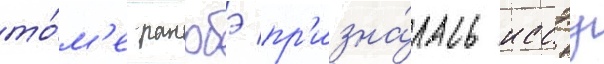
то́м'е ранобэ пр'изна́лась иссэу